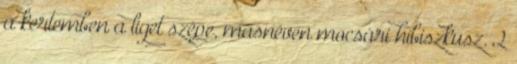
a kertemben a liget szépe, másnéven mocsári hibiszkusz. 2